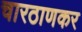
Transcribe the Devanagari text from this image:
चारठाणकर